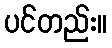
ပင်တည်း။